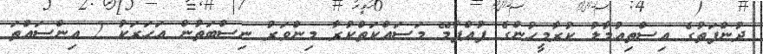
ދުންފަތުގެ އިސްތިއުމާލު ކުރާމީހުންގެ ފުއްޕާމޭ މަސައްކަތްކުރާ މިންވަރު ނިސްބަތުން އަހަރަކު 2 އިންސައްތަ